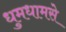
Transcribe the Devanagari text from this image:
धुमधामसे